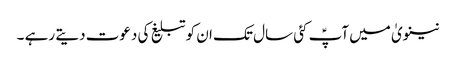
نینویٰ میں آپؑ کئی سال تک ان کو تبلیغ کی دعوت دیتے رہے ۔